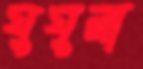
ঘুঘুরা